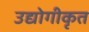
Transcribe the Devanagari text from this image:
उद्योगीकृत